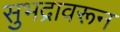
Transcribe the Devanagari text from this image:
सुभद्रावरून